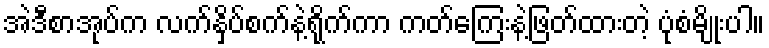
အဲဒီစာအုပ်က လက်နှိပ်စက်နဲ့ရိုက်ကာ ကတ်ကြေးနဲ့ဖြတ်ထားတဲ့ ပုံစံမျိုးပါ။